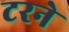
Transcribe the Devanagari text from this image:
टरने